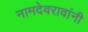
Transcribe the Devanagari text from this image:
नामदेवरावांनी